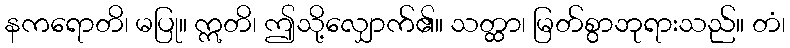
နကရောတိ၊ မပြု။ ဣတိ၊ ဤသို့လျှောက်၏။ သတ္ထာ၊ မြတ်စွာဘုရားသည်။ တံ၊